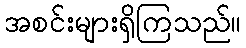
အစင်းများရှိကြသည်။